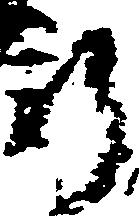
新